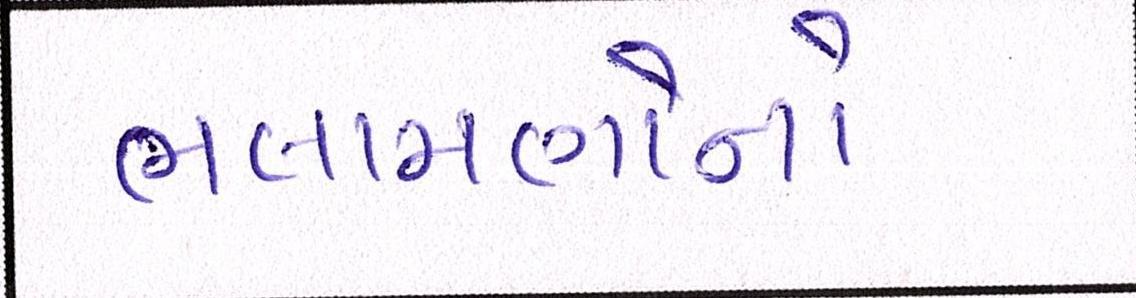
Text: ભલામણોનો